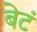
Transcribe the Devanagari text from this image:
बेटं